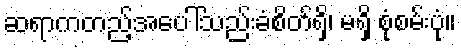
ဆရာကတည့်အပေါ်သည်းခံစိတ်ရှိ၊ မရှိ စုံစမ်းပုံ။